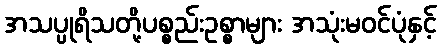
အသပ္ပုရိသတို့ပစ္စည်းဥစ္စာများ အသုံးမဝင်ပုံနှင့်